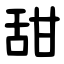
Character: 甜